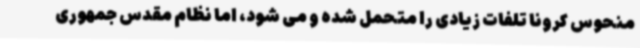
منحوس کرونا تلفات زیادی را متحمل شده و می شود، اما نظام مقدس جمهوری